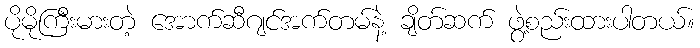
ပိုမိုကြီးမားတဲ့ အောက်ဆီဂျင်အက်တမ်နဲ့ ချိတ်ဆက် ဖွဲ့စည်းထားပါတယ်။